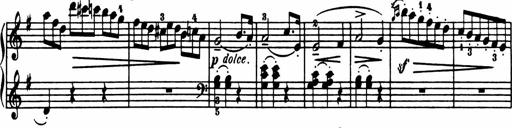
Title: Sonatina in G major
Composer: Friedrich Kuhlau
Key: G major